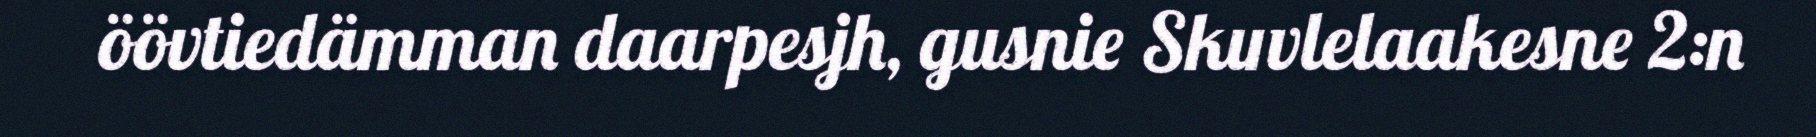
öövtiedämman daarpesjh, gusnie Skuvlelaakesne 2:n